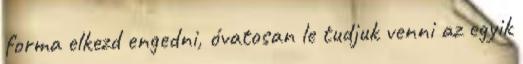
forma elkezd engedni, óvatosan le tudjuk venni az egyik